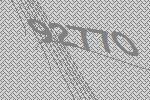
92770